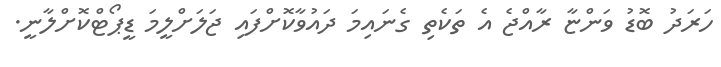
ހަރަދު ބޮޑު ވަންޏާ ރާއްޖެ އެ ތަކެތި ގެނައިމަ ދައުވާކޮށްފައި ޖަލަށްލީމަ ޑީޕޯޓްކޮށްލާނީ.